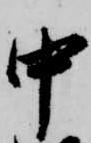
中